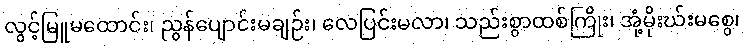
လွင့်မြူမထောင်း၊ ညွန်ပျောင်းမချဉ်း၊ လေပြင်းမလာ၊ သည်းစွာထစ်ကြိုး၊ အုံ့မိုးဃ်းမစွေ၊